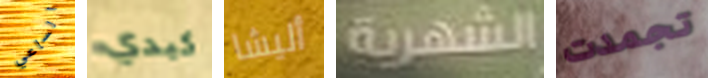
الساعي كبدي أليشا الشهرية تجمدت